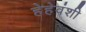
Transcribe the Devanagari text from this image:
हेहेवंशी